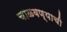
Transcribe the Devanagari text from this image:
चाळवण्याची